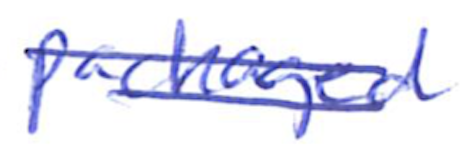
Text: packaged
Cross-out: mix
Writing tool: ballpoint